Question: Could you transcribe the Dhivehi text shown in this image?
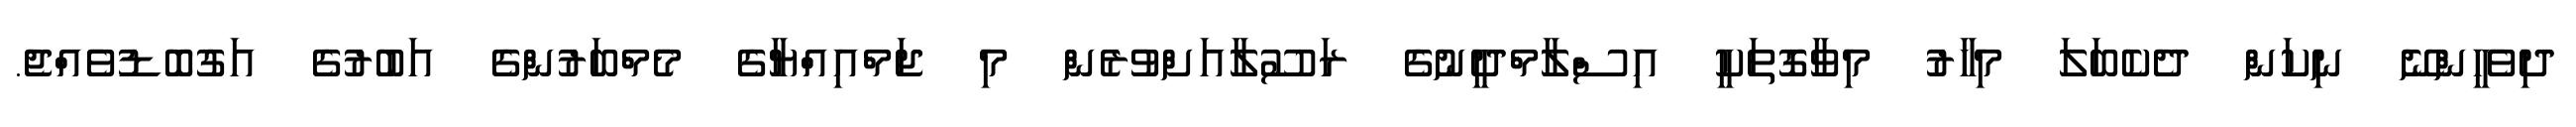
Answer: ދިވެހީންނޭ ނިކަން ދެކެބަލަ މިހާރު މިވާގޮތަކީ އިސްލާމްދީނުގެ ރަސޫލާއަށްވުރެން މި ޖަމްއިއްޔާގެ މެމްބަރުންގެ އަބުރުގެ އަގުބޮޑުވެއްޖެ.